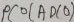
Text: ADC0